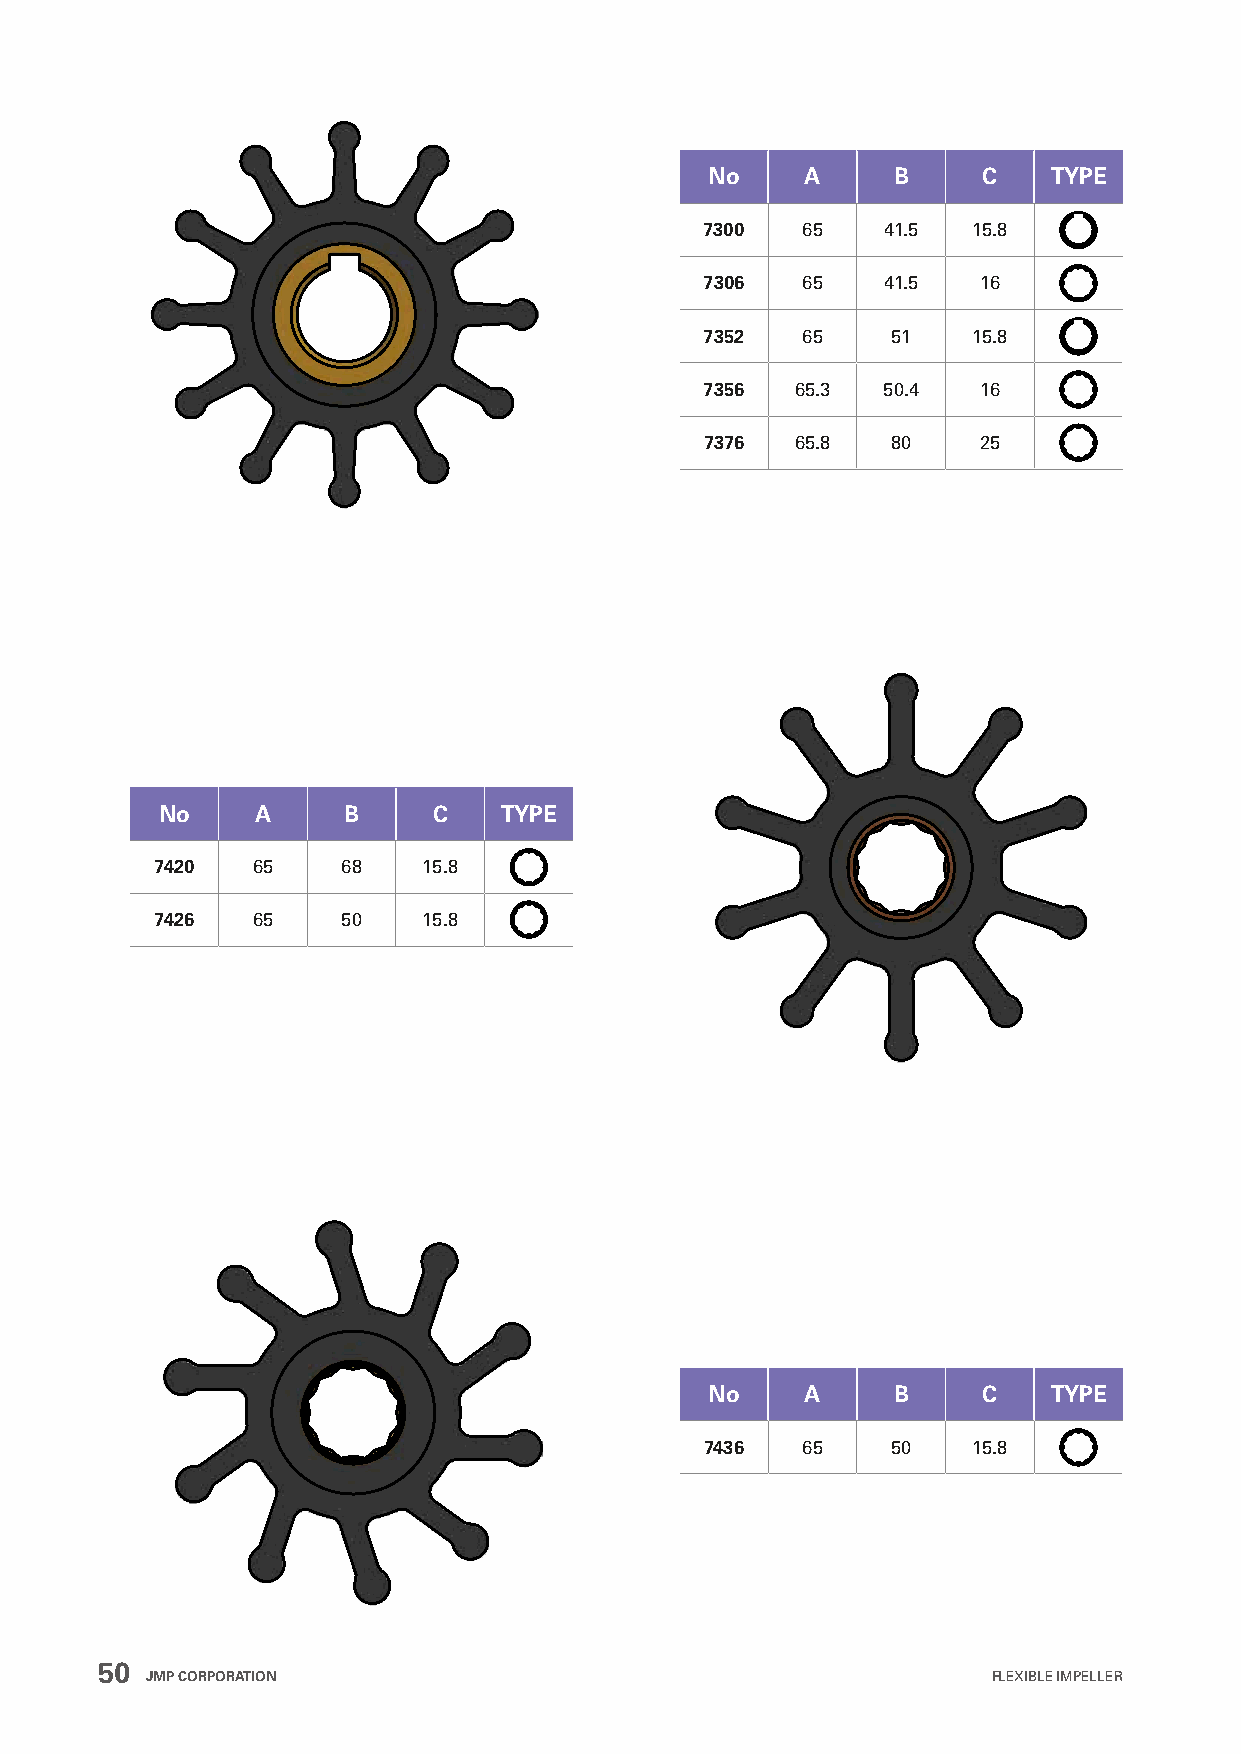
No    A     B     C    TYPE
 7300  65    41.5 15.8
 7306  65    41.5  16
 7352  65    51   15.8
 7356  65.3 50.4   16
 7376  65.8  80    25
 No    A     B     C   TYPE
 7420   65    68   15.8
 7426   65    50   15.8
 No    A     B     C    TYPE
 7436  65    50   15.8
 50
 JMP CORPORATION                                         FLEXIBLE IMPELLER